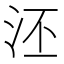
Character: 𣳎